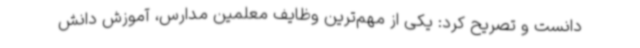
دانست و تصریح کرد: یکی از مهم‌ترین وظایف معلمین مدارس، آموزش دانش